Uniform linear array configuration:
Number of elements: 16
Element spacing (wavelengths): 1
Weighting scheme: hann
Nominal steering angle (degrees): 60
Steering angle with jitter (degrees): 61.465
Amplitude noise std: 0.05
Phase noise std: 0.05

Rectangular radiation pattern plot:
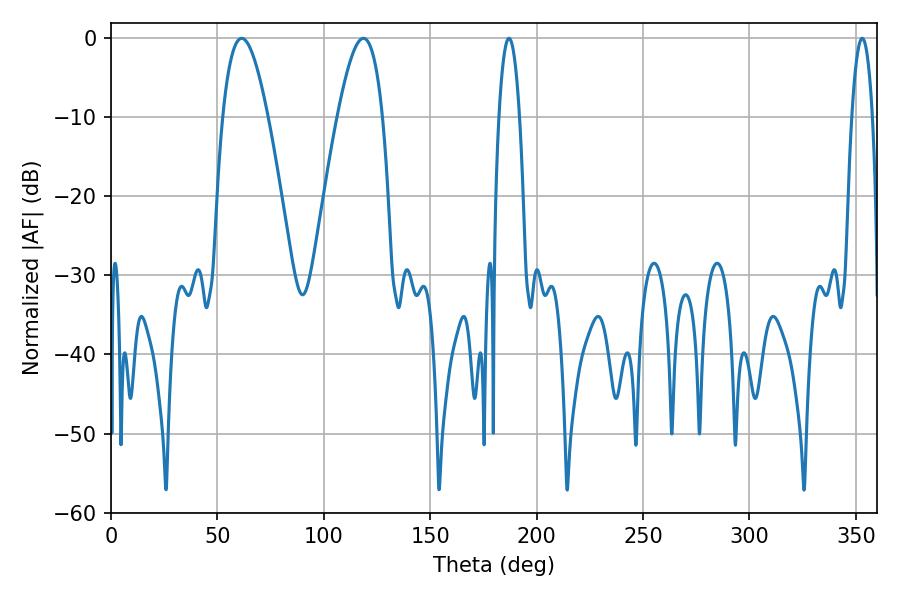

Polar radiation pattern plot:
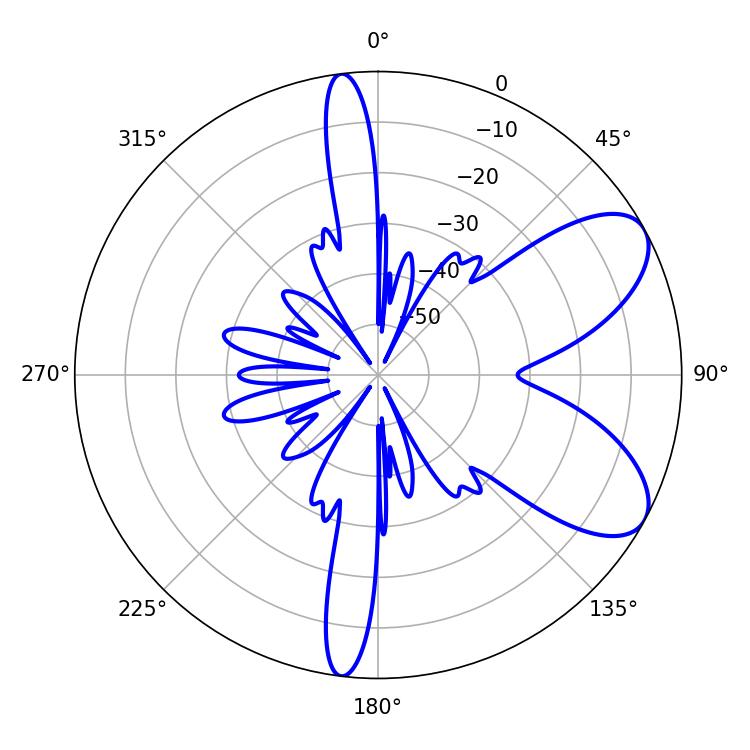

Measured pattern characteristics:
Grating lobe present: TRUE
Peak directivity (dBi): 7.447
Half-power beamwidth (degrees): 11.52
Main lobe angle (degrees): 61.38